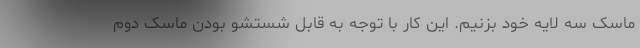
ماسک سه لایه خود بزنیم. این کار با توجه به قابل شستشو بودن ماسک دوم